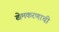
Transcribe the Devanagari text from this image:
खेमकरणाची